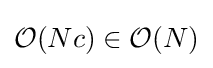
{\mathcal {O}}(Nc)\in {\mathcal {O}}(N)